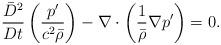
LaTeX: \begin{align*}\frac{\bar{D}^2}{Dt} \left(\frac{p'}{c^2 \bar{\rho}} \right) - \nabla \cdot \left( \frac{1}{\bar{\rho}} \nabla p' \right) =0.\end{align*}